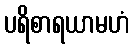
ပရိစာရယာမဟံ